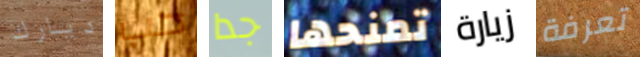
ديارك حب جدا تمنحها زيارة تعرفة